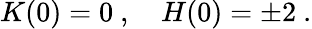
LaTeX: K(0)=0\ ,\quad H(0)=\pm 2\ .